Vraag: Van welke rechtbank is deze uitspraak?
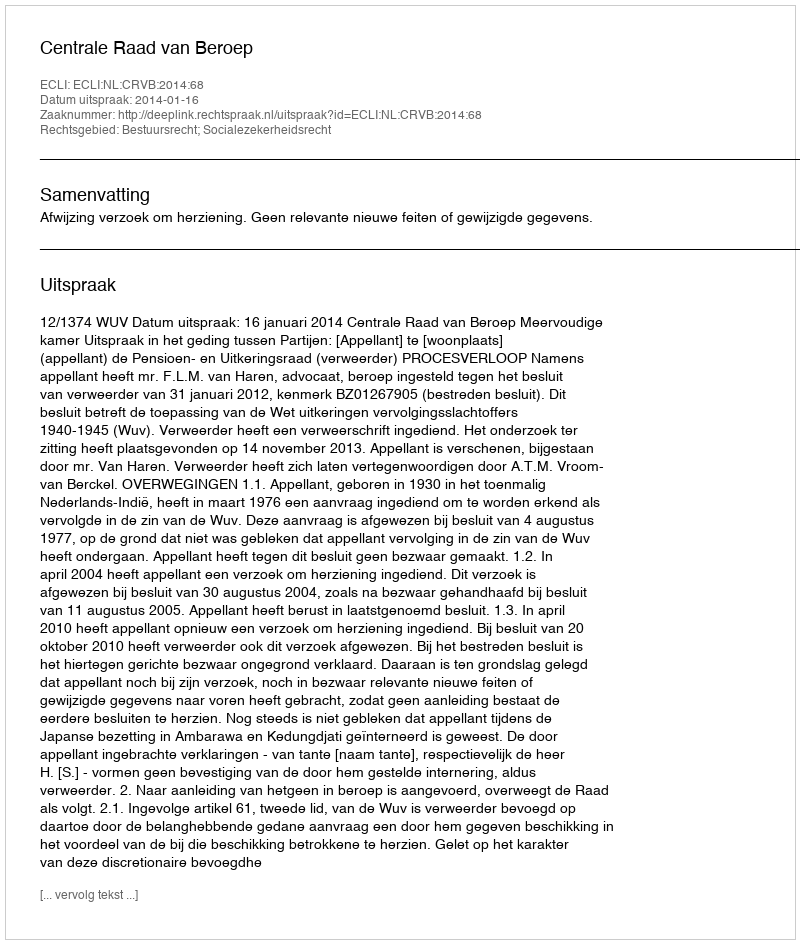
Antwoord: Centrale Raad van Beroep